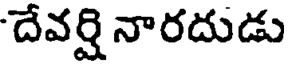
దేవర్షి నారదుడు